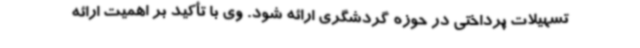
تسهیلات پرداختی در حوزه گردشگری ارائه شود. وی با تأکید بر اهمیت ارائه